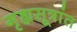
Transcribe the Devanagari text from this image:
गृह्यसूत्रांत